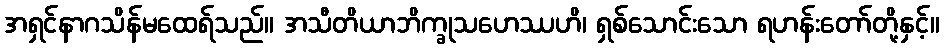
အရှင်နာဂသိန်မထေရ်သည်။ အသီတိယာဘိက္ခုသဟေဿဟိ၊ ရှစ်သောင်းသော ရဟန်းတော်တို့နှင့်။